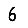
Digit: 6